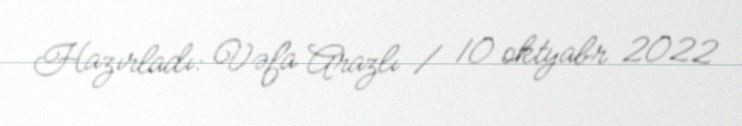
Hazırladı: Vəfa Arazlı / 10 oktyabr 2022